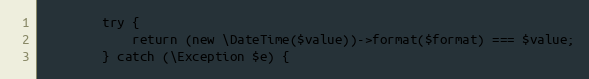
Language: PHP
		try {
			return (new \DateTime($value))->format($format) === $value;
		} catch (\Exception $e) {